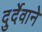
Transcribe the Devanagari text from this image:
दुर्देवाने